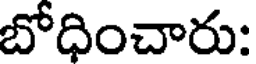
బోధించారు: